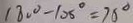
1 8 0 ^ { \circ } - 1 0 5 ^ { \circ } = 7 5 ^ { \circ }